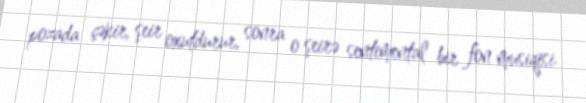
pozada çəkir, şeir oxutdurur, sonra o şeirə sentimental bir fon musiqisi